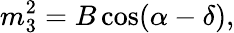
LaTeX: m_{3}^{2}=B\cos(\alpha-\delta),